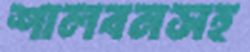
শালবনসহ